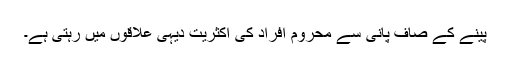
پینے کے صاف پانی سے محروم افراد کی اکثریت دیہی علاقوں میں رہتی ہے۔